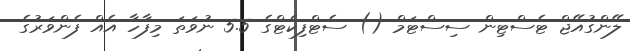
ލޭންގުއޭޖް ޓެސްޓިން ސިސްޓަމް () ސެޓްފިކެޓްގެ 5.5 ނުވަތަ މިފާހާ އެއް ފެންވަރުގެ